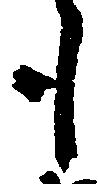
も